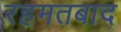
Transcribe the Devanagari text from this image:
रहमतबाद